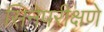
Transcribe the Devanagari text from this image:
सिनेपरीक्षणे